Subject: stat
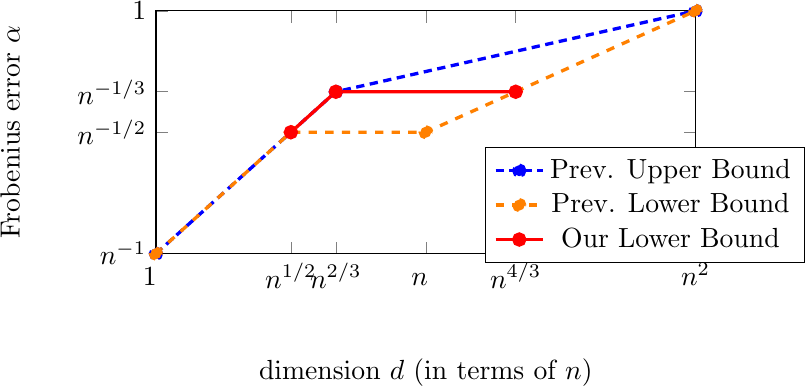
LaTeX code:
\begin{tikzpicture}
    \begin{axis}[
        xlabel=dimension $d$ (in terms of $n$),
        x label style={at={(axis description cs:0.5,-0.06)},anchor=north,anchor=north, below=5mm},
        ylabel=Frobenius error $\alpha$,
        y label style={at={(axis description cs:-0.2,0.5)},anchor=north,anchor=north, below=5mm},
        xmin=0, xmax=120,
        ymin=0, ymax=54,
        xticklabels={$1^{\textcolor{white}{1}}$, $n^{1/2}$, $n^{2/3}$, $n^{\textcolor{white}{1}}$, $n^{4/3}$, $n^2$},
        yticklabels={$n^{-1}$, $n^{-1/2}$, $n^{-1/3}$, $1$},
        xtick={0,30,40,60,80,120},
        ytick={0,27,36,54},
        legend style={at={(0.61,0.2)},anchor=west},
        axis equal image
        ]
    \addplot[mark=*,blue,densely dashed,very thick] plot coordinates {
        (0,0)
        (40,36)
        (120,54)
    };
    \addlegendentry{Prev. Upper Bound}

    \addplot[mark=*,orange,dashed,very thick] plot coordinates {
        (0,0)
        (30,27)
        (60,27)
        (120,54)
    };
    \addlegendentry{Prev. Lower Bound}

    \addplot[mark=*,red,very thick] plot coordinates {
        (30,27)
        (40,36)
        (80,36)
    };
    \addlegendentry{Our Lower Bound}
    \end{axis}
    \end{tikzpicture}